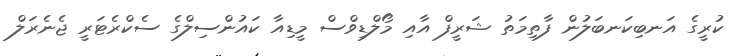
ކުރީގެ އަނބިކަނބަލުން ފާތިމަތު ޝަރީފް އާއި މޯލްޑިވްސް މީޑިއާ ކައުންސިލްގެ ސެކްރެޓަރީ ޖެނެރަލް